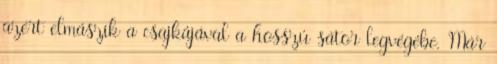
azért elmászik a csajkájával a hosszú sátor legvégébe. Már